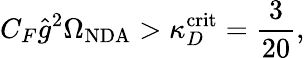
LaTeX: C_{F}\hat{g}^{2}\Omega_{\mathrm{NDA}}>\kappa_{D}^{\mathrm{crit}}=\frac{3}{20},